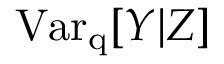
\mathrm { V a r _ { q } } [ Y | Z ]